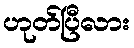
ဟုတ်ပြီလား